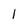
Character: l